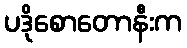
ပဒိုစောတောနီးက